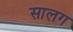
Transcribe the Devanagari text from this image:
सालग